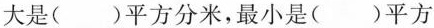
大是( )平方分米，最小是 ( )平方